Civil Veterinary Dept. North-West Frontier Province 1923-32 - 1923-1932
Year: 1923
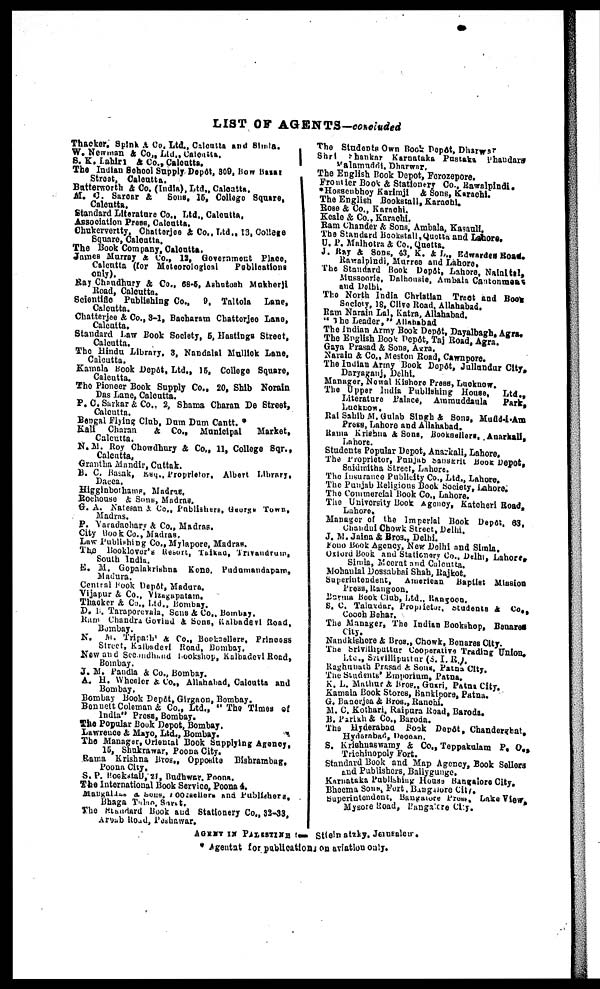
LIST OF AGENTS -concluded
Thacker. Spink & Co. Ltd., Calcutta and Simla.
W. Newman & Co., Ltd., Calcutta.
S. K. Lahiri & Co., Calcutta.
The Indian School Supply Depôt, 809, Bow Bezes
Strest, Calcutta.
Butterworth & Co. (India), Ltd., Calcutta.
M. C. Sarcar & Sons. 15, Collage Square,
Calcutta.
Standard Literature Co., Ltd., Calcatta.
Association Press, Calcutta.
Chukerverity, Chattarjee & Co., Ltd., 13, College
Square, Calcatta.
The Book Company, Calcatta.
James Murray & Co., 12, Government Place,
Calcutta (for Meteorological
Publications
only).
Ray Chaudhury & Co., 68-5, Ashutosh Mukherji
Road, Calcatta.
Scientific Publishing Co., 9, Taltola
Lane,
Calcutta.
Chatterjee & Co., 3-1, Bacharam Chatterjee Lane,
Calcutta.
Standard Law Book Society, 5, Hastings Street,
Calcutta.
The Hindu Library. 3, Nandalal Mullick Lane,
Calcutta.
Kamala Book Depôt, Ltd., 15, College Square,
Calcutta.
The Pioneer Book Supply Co., 20, Shib Norain
Das Lane, Calcutta.
P. C. Sarkar & Co., 2, Shama Charan De Street,
Calcutta.
Bengal Flying Club, Dum Dum Cantt. *
Kali Charan & Co., Municipal
Market,
Calcutta.
N. M. Roy Chowdhury & Co., 11, College Sqr.,
Calcutta.
Grantha Mandir, Cuttak.
B. C. Basak, Eaq., Proprietor, Albert Library,
Dacca.
Higginbothams, Madras.
Rochouse & Sons, Madras.
G. A. Natesan & Co., Publishers, George Town,
Madras.
P. Varadnchary & Co., Madras.
City Book Co., Madras.
Law Publishing Co., Mylapore, Madras.
The Booklover's Report, Talkad, Trivandrum,
South India.
E. M. Gopalakrishna Kone. Pudamandapam,
Madura.
Central Book Depôt, Madura.
Vijapur & Co., Vizagapatam.
Thacker & Co., Ltd., Bombay.
D. B. Taraporevala, Sons & Co., Bombay.
Ram Chandra Govind & Sons, Kalbadevi Road,
Bombay.
N. M. Tripathi & Co., Booksellers. Princess
Street, Kalbadevi Road, Bombay.
New and Secondhand Bookshop, Kalbadevi Road,
Bombay.
J. M. Pandia & Co., Bombay.
A. H. Wheeler & Co., Allahabad, Calcutta and
Bombay.
Bombay Book Depôt, Girgaon, Bombay.
Bonuett Coleman & Co., Ltd., " The Times of
India " Press, Bombay.
The Popular Book Depot, Bombay.
Lawrence & Mayo, Ltd., Bombay.
The Manager, Oriental Book Supplying Agency,
15, Shukrawar, Poona City.
Rama Krishna Bros., Opposite Bishrambag.
Poona City.
S. P. Bookstall, 21, Budhwar, Poona.
The International Book Service, Poona 4.
Mangalore & Sons, Bookseller and Publishers.
Bhaga Tulae, Surat.
The Standard Book and Stationery Co., 33-33,
Arbab Road, Peshawar.
The Students Own Book Depôt, Dharwar
Shri Shankar Karnataka Pustaka Phaudars
Malamuddi, Dharwar.
The English Book Dopot, Forozepore.
Frontier Book & Stationery Co., Rawalpindi.
*Hossenbhoy Karimji & Sons, Karachi.
The English Bookstall, Karachi.
Rose & Co., Karachi.
Keale & Co., Karachi.
Ram Chander & Sons, Ambala, Karachi.
The Standard Bookstall, Quetta and Lahore.
U. P. Malhotra & Co., Quetta.
J. Ray & Sons, 43, K. & L., Edwardes Road,
Rawalpindi, Murres and Lahore.
The Standard Book Depôt, Lahore, Nainital,
Mussoorie, Dalhousie, Ambala Cantonment
and Delhi.
The North India Christian Treet and Book
Society, 18, Clive Road, Allahabad.
Ram Narain Lal, Katra, Allahabad.
" The Leader," Allahabad
The Indian Army Book Depôt, Dayalbagh, Agra.
The English Book Depôt, Taj Road, Agra.
Gaya Prasad & Sons, Agra.
Narain & Co., Meston Road, Cawnpore.
The Indian Army Book Dopôt, Jullundar City,
Daryaganj, Delhi.
Manager, Newal Kishore Press, Lucknow.
The Upper India Publishing House,
Ltd.,
Literature Palace,
Ammuddaula
Park,
Lucknow.
Rai Sahib M. Gulab Singh & Sons, Mufid-i-Am
Press, Lahore and Allahabad.
Rama Krishna & Sons, Booksellers, Anarkali,
Lahore.
Students Popular Depot, Anarkali, Lahore,
The Proprietor, Punjab Sanskrit Book Depot,
Saidinitha Street, Lahore.
The Insurance Publicity Co., Ltd., Lahore.
The Punjab Religious Book Society, Lahore.
The Commercial Book Co., Lahore.
The University Book Agency, Katcheri Road,
Lahore.
Manager of the Imperial Book Depôt, 63,
Chandni Chowk Street, Delhi.
J. M. Jaina & Bros., Delhi.
Pono Book Agency, New Delhi and Simla.
Oxford Book and Stationery Co., Delhi, Lahore,
Simla, Meerut and Calcutta.
Mohanlal Dossabhai Shah, Rajkot.
Superintendent, American Baptist Mission
Press, Rangoon.
Berma Book Club, Ltd., Rangoon.
S. C. Talukdar, Propriter, Students & Co.,
Cooch Behar.
The Manager, The Indian Bookshop, Benares
City.
Nandkishore & Bros., Chowk, Bonares City.
The Srivithputter Cooperative Trading Union.
Ltd., Srivilliputtar (S. I. R.).
Raghunath Prasad & Sons. Patna City.
The Students' Emporium, Patna.
K. L. Mathur & Bros., Guari, Patna City.
Kamala Book Stores, Bankipore, Patna.
G. Banerjee & Bros., Ranchi.
M. C. Kothari, Raipura Road, Baroda.
B. Parish & Co., Baroda.
The Hyderabad Book Depôt, Chanderghat,
Hyderabad, Deccan.
S. Krishnaswamy & Co., Teppakulam P. O.,
Trichinopoly Fort.
Standard Book and Map Agency, Book Sellers
and Publishers. Ballygunge.
Karnataka Publishing House Bangalore City.
Bheema Sons, Fort, Bangalore City.
Superintendent, Bangalore Prop. Lake View.
Mysore Road, Bangalore City.
AGENT IN PALESTINA :— Sttein atzky. Jerusalem.
* Agentat for publication on aviation only.